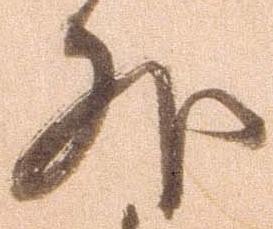
外